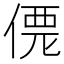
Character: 𠌐